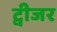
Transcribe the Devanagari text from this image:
ट्वीजर